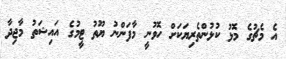
އެ މެޗުގެ މޮޅު ކުޅުންތެރިޔަކަށް ހޮވުނީ މާފަންނު ޔޫތު ޓީމުގެ އައިޝަތު މާޖިދާ